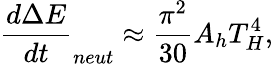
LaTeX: \frac{d\Delta E}{dt}_{neut}\approx\frac{\pi^{2}}{30}A_{h}T_{H}^{4},